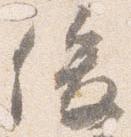
俊